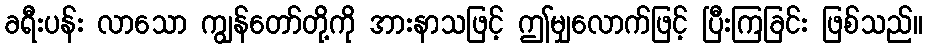
ခရီးပန်း လာသော ကျွန်တော်တို့ကို အားနာသဖြင့် ဤမျှလောက်ဖြင့် ပြီးကြခြင်း ဖြစ်သည်။